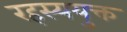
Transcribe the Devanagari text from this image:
रहस्‍ययुक्त